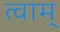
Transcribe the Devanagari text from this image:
त्वाम्